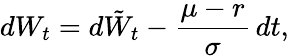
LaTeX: dW_{t}=d{\tilde{W}}_{t}-{\frac{\mu-r}{\sigma}}\, dt,